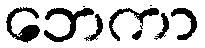
ဘေကာ